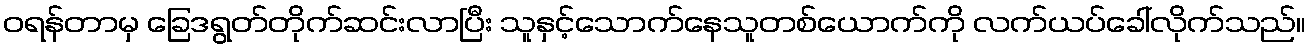
ဝရန်တာမှ ခြေဒရွတ်တိုက်ဆင်းလာပြီး သူနှင့်သောက်နေသူတစ်ယောက်ကို လက်ယပ်ခေါ်လိုက်သည်။